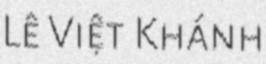
Lê Việt Khánh